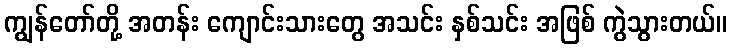
ကျွန်တော်တို့ အတန်း ကျောင်းသားတွေ အသင်း နှစ်သင်း အဖြစ် ကွဲသွားတယ်။